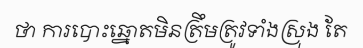
ថា ការបោះឆ្នោតមិនត្រឹមត្រូវទាំងស្រុង តែ